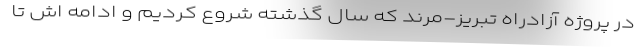
در پروژه آزادراه تبریز-مرند که سال گذشته شروع کردیم و ادامه‌ اش تا